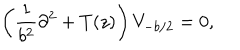
LaTeX: \left( \frac { 1 } { b ^ { 2 } } \partial ^ { 2 } + T ( z ) \right) V _ { - b / 2 } = 0 , \nonumber